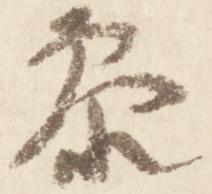
参